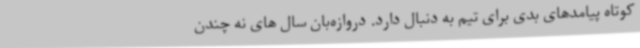
کوتاه پیامدهای بدی برای تیم به دنبال دارد. دروازه‌بان سال های نه چندن